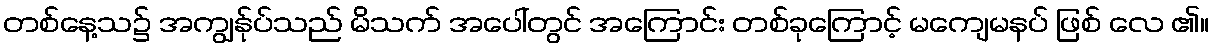
တစ်နေ့သ၌ အကျွန်ုပ်သည် မိသက် အပေါ်တွင် အကြောင်း တစ်ခုကြောင့် မကျေမနပ် ဖြစ် လေ ၏။